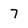
Character: 7